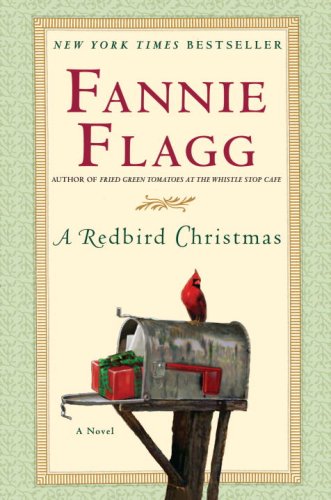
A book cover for A Redbird Christmas: A Novel; Fannie Flagg; Literature & Fiction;